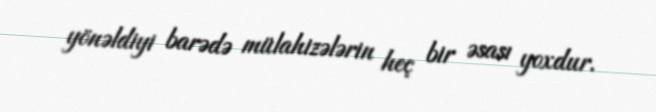
yönəldiyi barədə mülahizələrin heç bir əsası yoxdur.